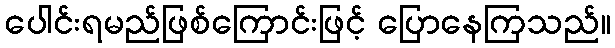
ပေါင်းရမည်ဖြစ်ကြောင်းဖြင့် ပြောနေကြသည်။